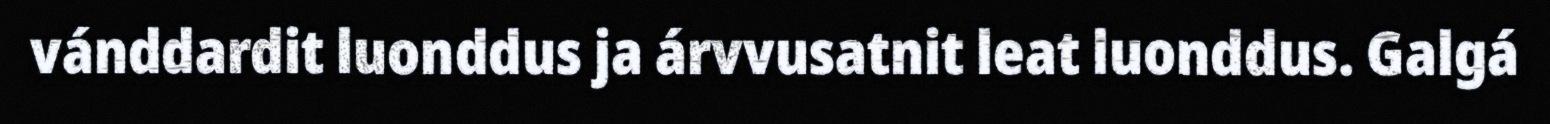
vánddardit luonddus ja árvvusatnit leat luonddus. Galgá